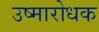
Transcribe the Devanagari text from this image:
उष्मारोधक